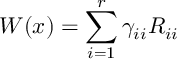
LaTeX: W ( x ) = \sum _ { i = 1 } ^ { r } \gamma _ { i i } R _ { i i }